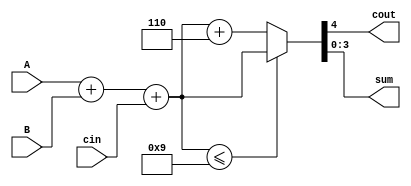
`timescale 1ns / 1ps
//////////////////////////////////////////////////////////////////////////////////
// Company: 
// Engineer: 
// 
// Design Name: 
// Module Name: add10
// Project Name: 
// Target Devices: 
// Tool Versions: 
// Description: 
// 
// Dependencies: 
// 
// Revision:
// Revision 0.01 - File Created
// Additional Comments:
// 
//////////////////////////////////////////////////////////////////////////////////


module add10(
    input [3:0]A,
    input [3:0]B,
    input cin, 
    output cout,
    output [3:0]sum
   
    );
   reg [4:0]tempsum;
    always@(*)
    begin
        if(A+B+cin<=5'd9)
            begin
                tempsum=A+B+cin;
            end
        else
            begin
                tempsum=A+B+cin+4'd6;
            end
    end
    assign {cout,sum}=tempsum;
    

    
    
endmodule